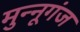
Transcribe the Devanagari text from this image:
मुन्नूगंज